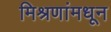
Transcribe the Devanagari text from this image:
मिश्रणांमधून